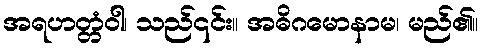
အရဟတ္တံဝါ၊ သည်၎င်း။ အဓိဂမောနာမ၊ မည်၏။